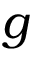
g